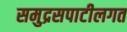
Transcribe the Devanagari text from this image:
समुद्रसपाटीलगत